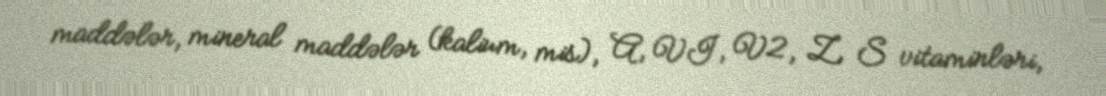
maddələr, mineral maddələr (kalium, mis), A, VI, V2, Z, S vitaminləri,